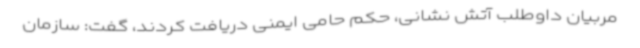
مربیان داوطلب آتش نشانی، حکم حامی ایمنی دریافت کردند، گفت: سازمان